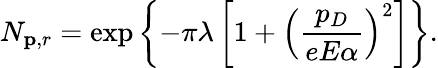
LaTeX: N_{{\mathbf p},r}=\exp\left\{ -\pi\lambda\left[1+\left(\frac{p_{D}}{eE\alpha}\right)^{2}\right]\right\} .